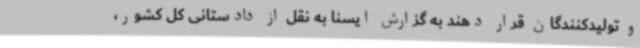
و تولیدکنندگان قرار دهند به گزارش ایسنا به نقل از دادستانی کل کشور،